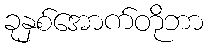
ခုနှစ်အောက်တိုဘာ